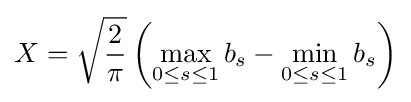
X={\sqrt {\frac {2}{\pi }}}\left(\max \limits _{0\leq s\leq 1}b_{s}-\min \limits _{0\leq s\leq 1}b_{s}\right)